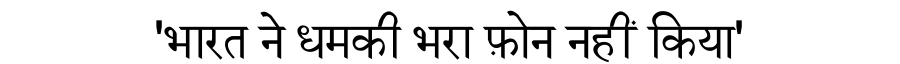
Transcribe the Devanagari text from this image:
'भारत ने धमकी भरा फ़ोन नहीं किया'